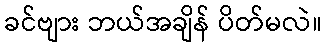
ခင်ဗျား ဘယ်အချိန် ပိတ်မလဲ။